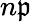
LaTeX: n\mathfrak{p}